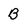
Character: B